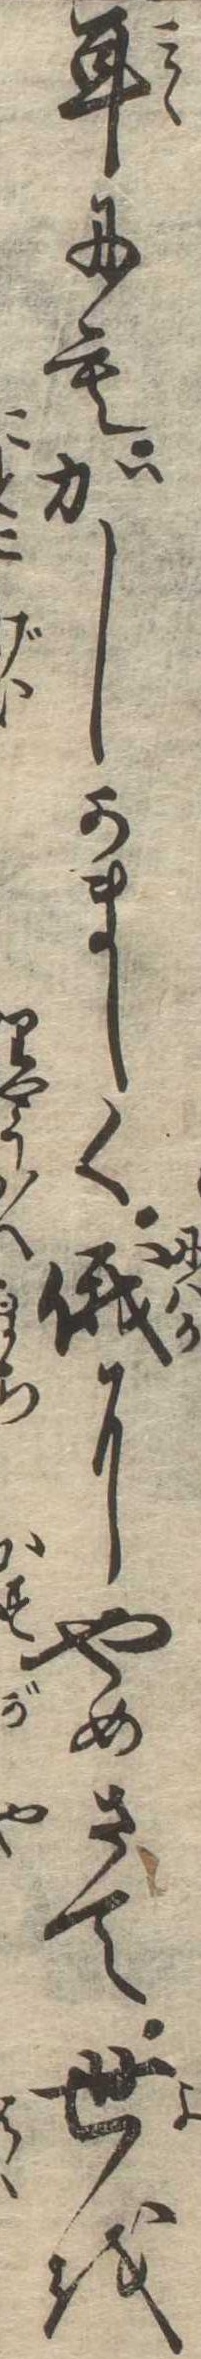
耳にもかしかましく俄にやめさて世を